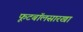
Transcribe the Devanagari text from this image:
फूटबॉलसारखा